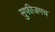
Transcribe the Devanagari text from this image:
सुफीजमच